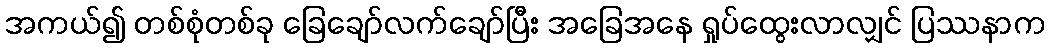
အကယ်၍ တစ်စုံတစ်ခု ခြေချော်လက်ချော်ပြီး အခြေအနေ ရှုပ်ထွေးလာလျှင် ပြဿနာက